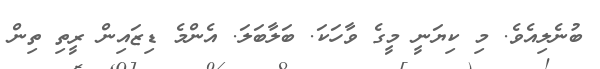
ބުނެލިއެވެ. މި ކިޔަނީ މީގެ ވާހަކަ. ބަލާބަލަ. އެންމެ ޑިޒައިން ރީތި ތިން